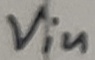
Text: Vin